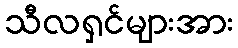
သီလရှင်များအား